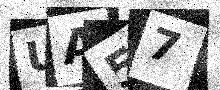
Text: UA57